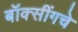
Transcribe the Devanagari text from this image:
बॉक्सींगचे